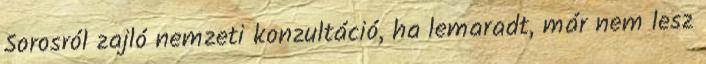
Sorosról zajló nemzeti konzultáció, ha lemaradt, már nem lesz